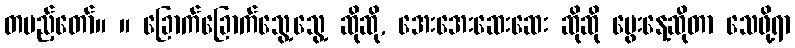
တပည့်တော်။ ။ ခြောက်ခြောက်သွေ့သွေ့ ဆိုဆို, အေးအေးဆေးဆေး ဆိုဆို မွေးနေ့ဆိုတာ သေဖို့ရာ